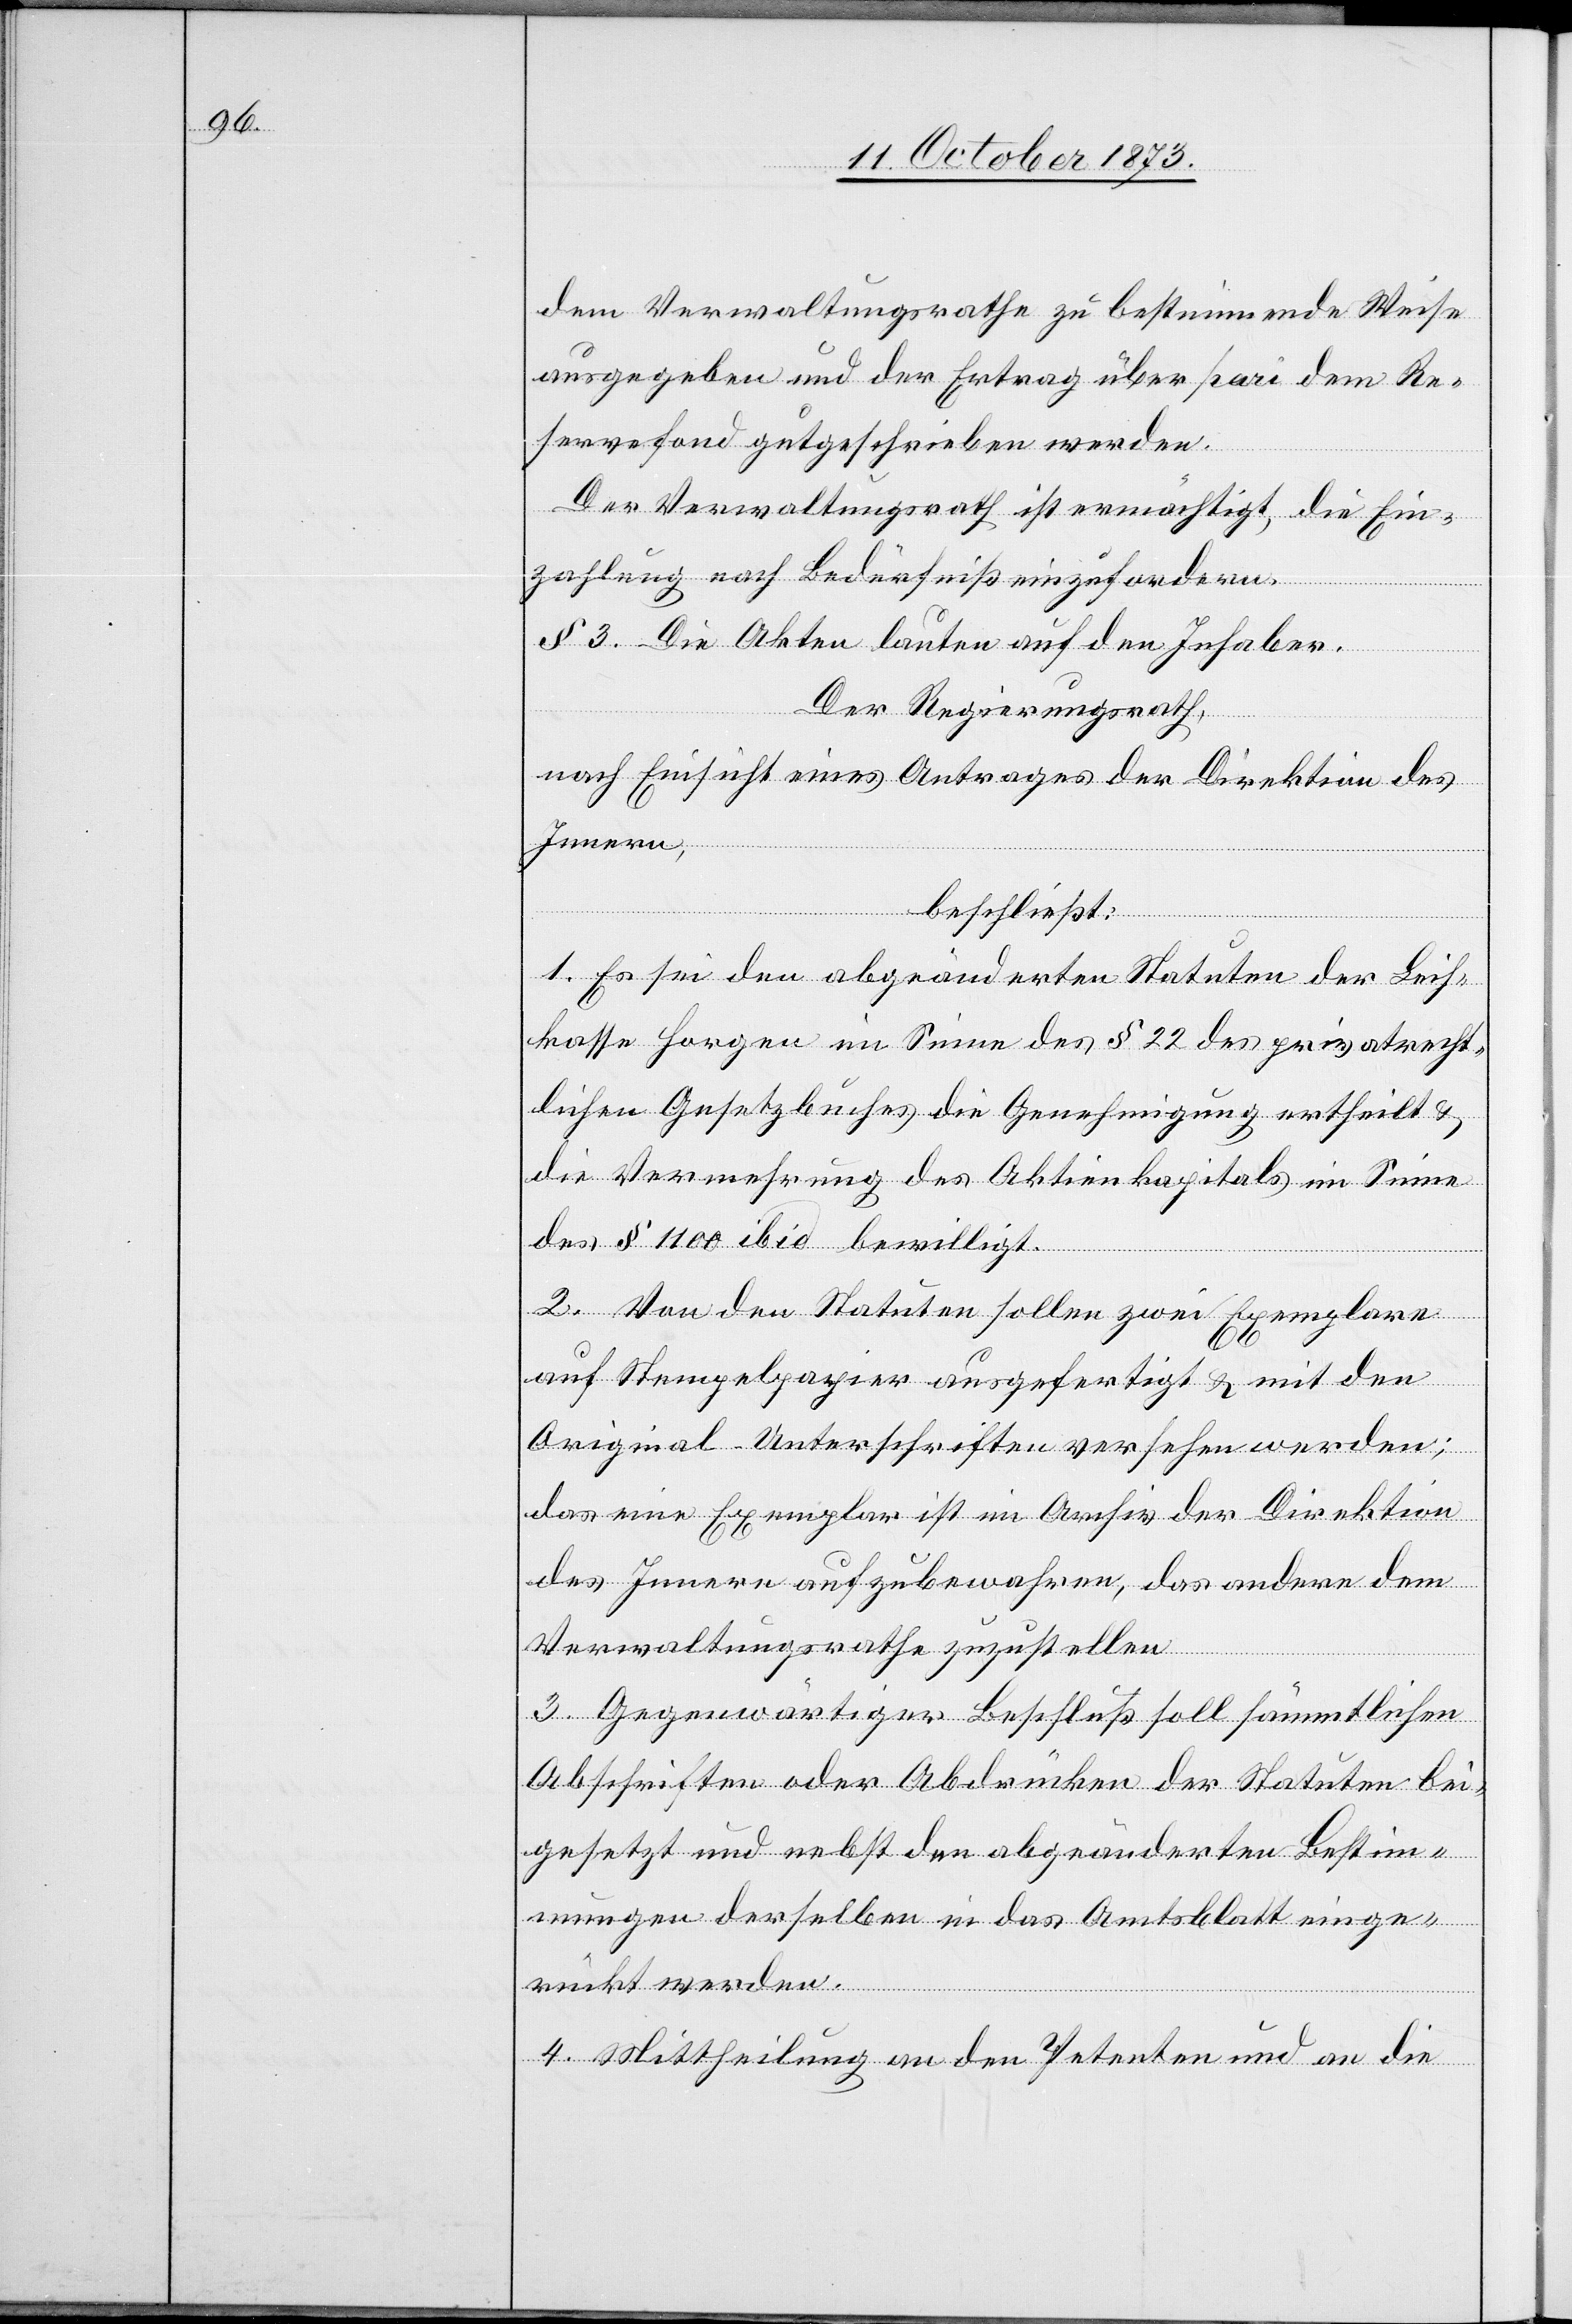
dem Verwaltungsrathe zu bestimmende Weise
ausgegeben und der Ertrag über pari dem Re¬
servefond gutgeschrieben werden.
Der Verwaltungsrath ist ermächtigt, die Ein¬
zahlung nach Bedürfniß einzufordern.
§ 3. Die Akten lauten auf den Inhaber.
Der Regierungsrath,
nach Einsicht eines Antrages der Direktion des
Innern,
beschließt:
1. Es sei den abgeänderten Statuten der Leih¬
kasse Horgen im Sinne des § 22 des privatrecht¬
lichen Gesetzbuches die Genehmigung ertheilt &
die Vermehrung des Aktienkapitals im Sinne
des § 1100 ibid bewilligt.
2. Von den Statuten sollen zwei Exemplare
auf Stempelpapier ausgefertigt & mit den
Original-Unterschriften versehen werden;
das eine Exemplar ist im Archiv der Direktion
des Innern aufzubewahren, das andere dem
Verwaltungsrathe zuzustellen.
3. Gegenwärtiger Beschluß soll sämmtlichen
Abschriften oder Abdrücken der Statuten bei¬
gesetzt und nebst den abgeänderten Bestim¬
mungen derselben in das Amtsblatt einge¬
rückt werden.
4. Mittheilung an den Petenten und an die